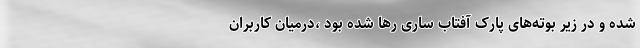
شده و در زیر بوته‌های پارک آفتاب ساری رها شده بود ،درمیان کاربران